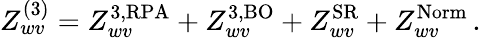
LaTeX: Z_{wv}^{(3)}=Z_{wv}^{\mathrm{3,RPA}}+Z_{wv}^{\mathrm{3,BO}}+Z_{wv}^{\mathrm{SR}}+Z_{wv}^{\mathrm{Norm}}\, .